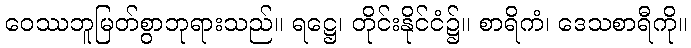
ဝေဿဘူမြတ်စွာဘုရားသည်။ ရဋ္ဌေ၊ တိုင်းနိုင်ငံ၌။ စာရိကံ၊ ဒေသစာရီကို။